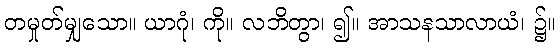
တမှုတ်မျှသော။ ယာဂုံ၊ ကို။ လဘိတွာ၊ ၍။ အာသနသာလာယံ၊ ၌။